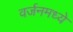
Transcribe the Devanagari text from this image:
वर्जनमध्ये